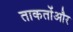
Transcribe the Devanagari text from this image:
ताकतोंऔर